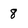
Character: 8